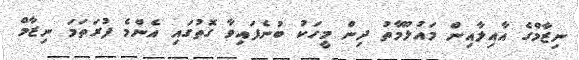
ނިޒާމްގެ އާއިލާއިން މައުލޫމާތު ދިން މީހަކު ބުނެފައިވާ ގޮތުގައި އެންމެ ފުރަތަމަ ނިޒާމް